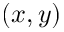
( x , y )